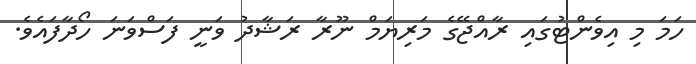
ހަމަ މި އިވެންޓުގައި ރާއްޖޭގެ މަރިޔަމް ނޫރާ ރަޝާދު ވަނީ ފަސްވަނަ ހޯދާފައެވެ.